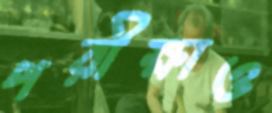
পরীক্ষাও